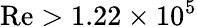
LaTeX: \mathrm{Re}>1.22\times 10^{5}